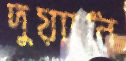
দুয়াানি